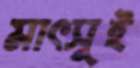
মাৎসুই